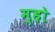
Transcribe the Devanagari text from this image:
म्हो